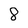
Character: 8